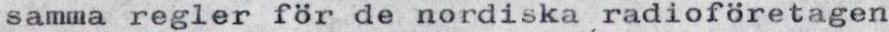
samma regler för de nordiska radioföretagen